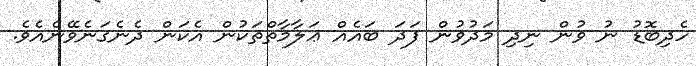
ހެދިބޮޑު ނު ވުން ނިދި މަދުވުން ފަދަ ބައެއް ޢަލާމާތްތަކުން އެކަން ދެނެގަނެވޭނެއެވެ.